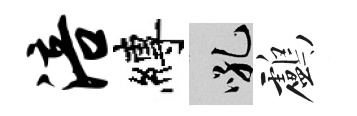
涪縛吼鸕